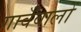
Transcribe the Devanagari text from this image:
गावँवालों